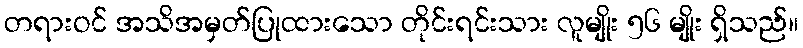
တရားဝင် အသိအမှတ်ပြုထားသော တိုင်းရင်းသား လူမျိုး ၅၆ မျိုး ရှိသည်။